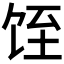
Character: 𱃸